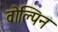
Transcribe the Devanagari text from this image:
वोल्पिन